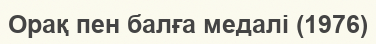
Орақ пен балға медалі (1976)